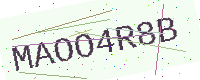
Text: MAOO4R8B